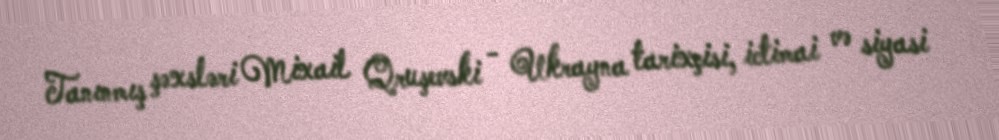
Tanınmış şəxsləri Mixail Qruşevski - Ukrayna tarixçisi, ictimai və siyasi